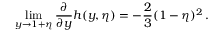
\operatorname * { l i m } _ { y \to 1 + \eta } \frac { \partial } { \partial y } h ( y , \eta ) = - \frac { 2 } { 3 } ( 1 - \eta ) ^ { 2 } \, .